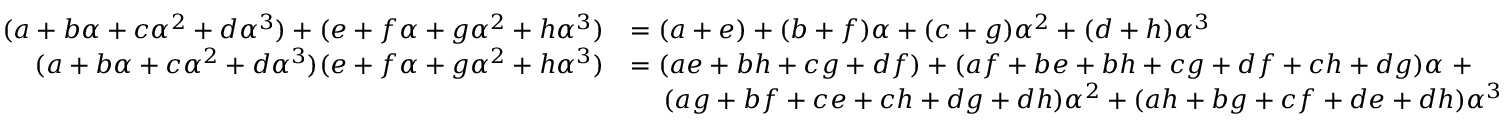
{ \begin{array} { r l } { ( a + b \alpha + c \alpha ^ { 2 } + d \alpha ^ { 3 } ) + ( e + f \alpha + g \alpha ^ { 2 } + h \alpha ^ { 3 } ) } & { = ( a + e ) + ( b + f ) \alpha + ( c + g ) \alpha ^ { 2 } + ( d + h ) \alpha ^ { 3 } } \\ { ( a + b \alpha + c \alpha ^ { 2 } + d \alpha ^ { 3 } ) ( e + f \alpha + g \alpha ^ { 2 } + h \alpha ^ { 3 } ) } & { = ( a e + b h + c g + d f ) + ( a f + b e + b h + c g + d f + c h + d g ) \alpha \; + } \\ & { \quad \; ( a g + b f + c e + c h + d g + d h ) \alpha ^ { 2 } + ( a h + b g + c f + d e + d h ) \alpha ^ { 3 } } \end{array} }